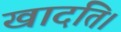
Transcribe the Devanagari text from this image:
खादति।